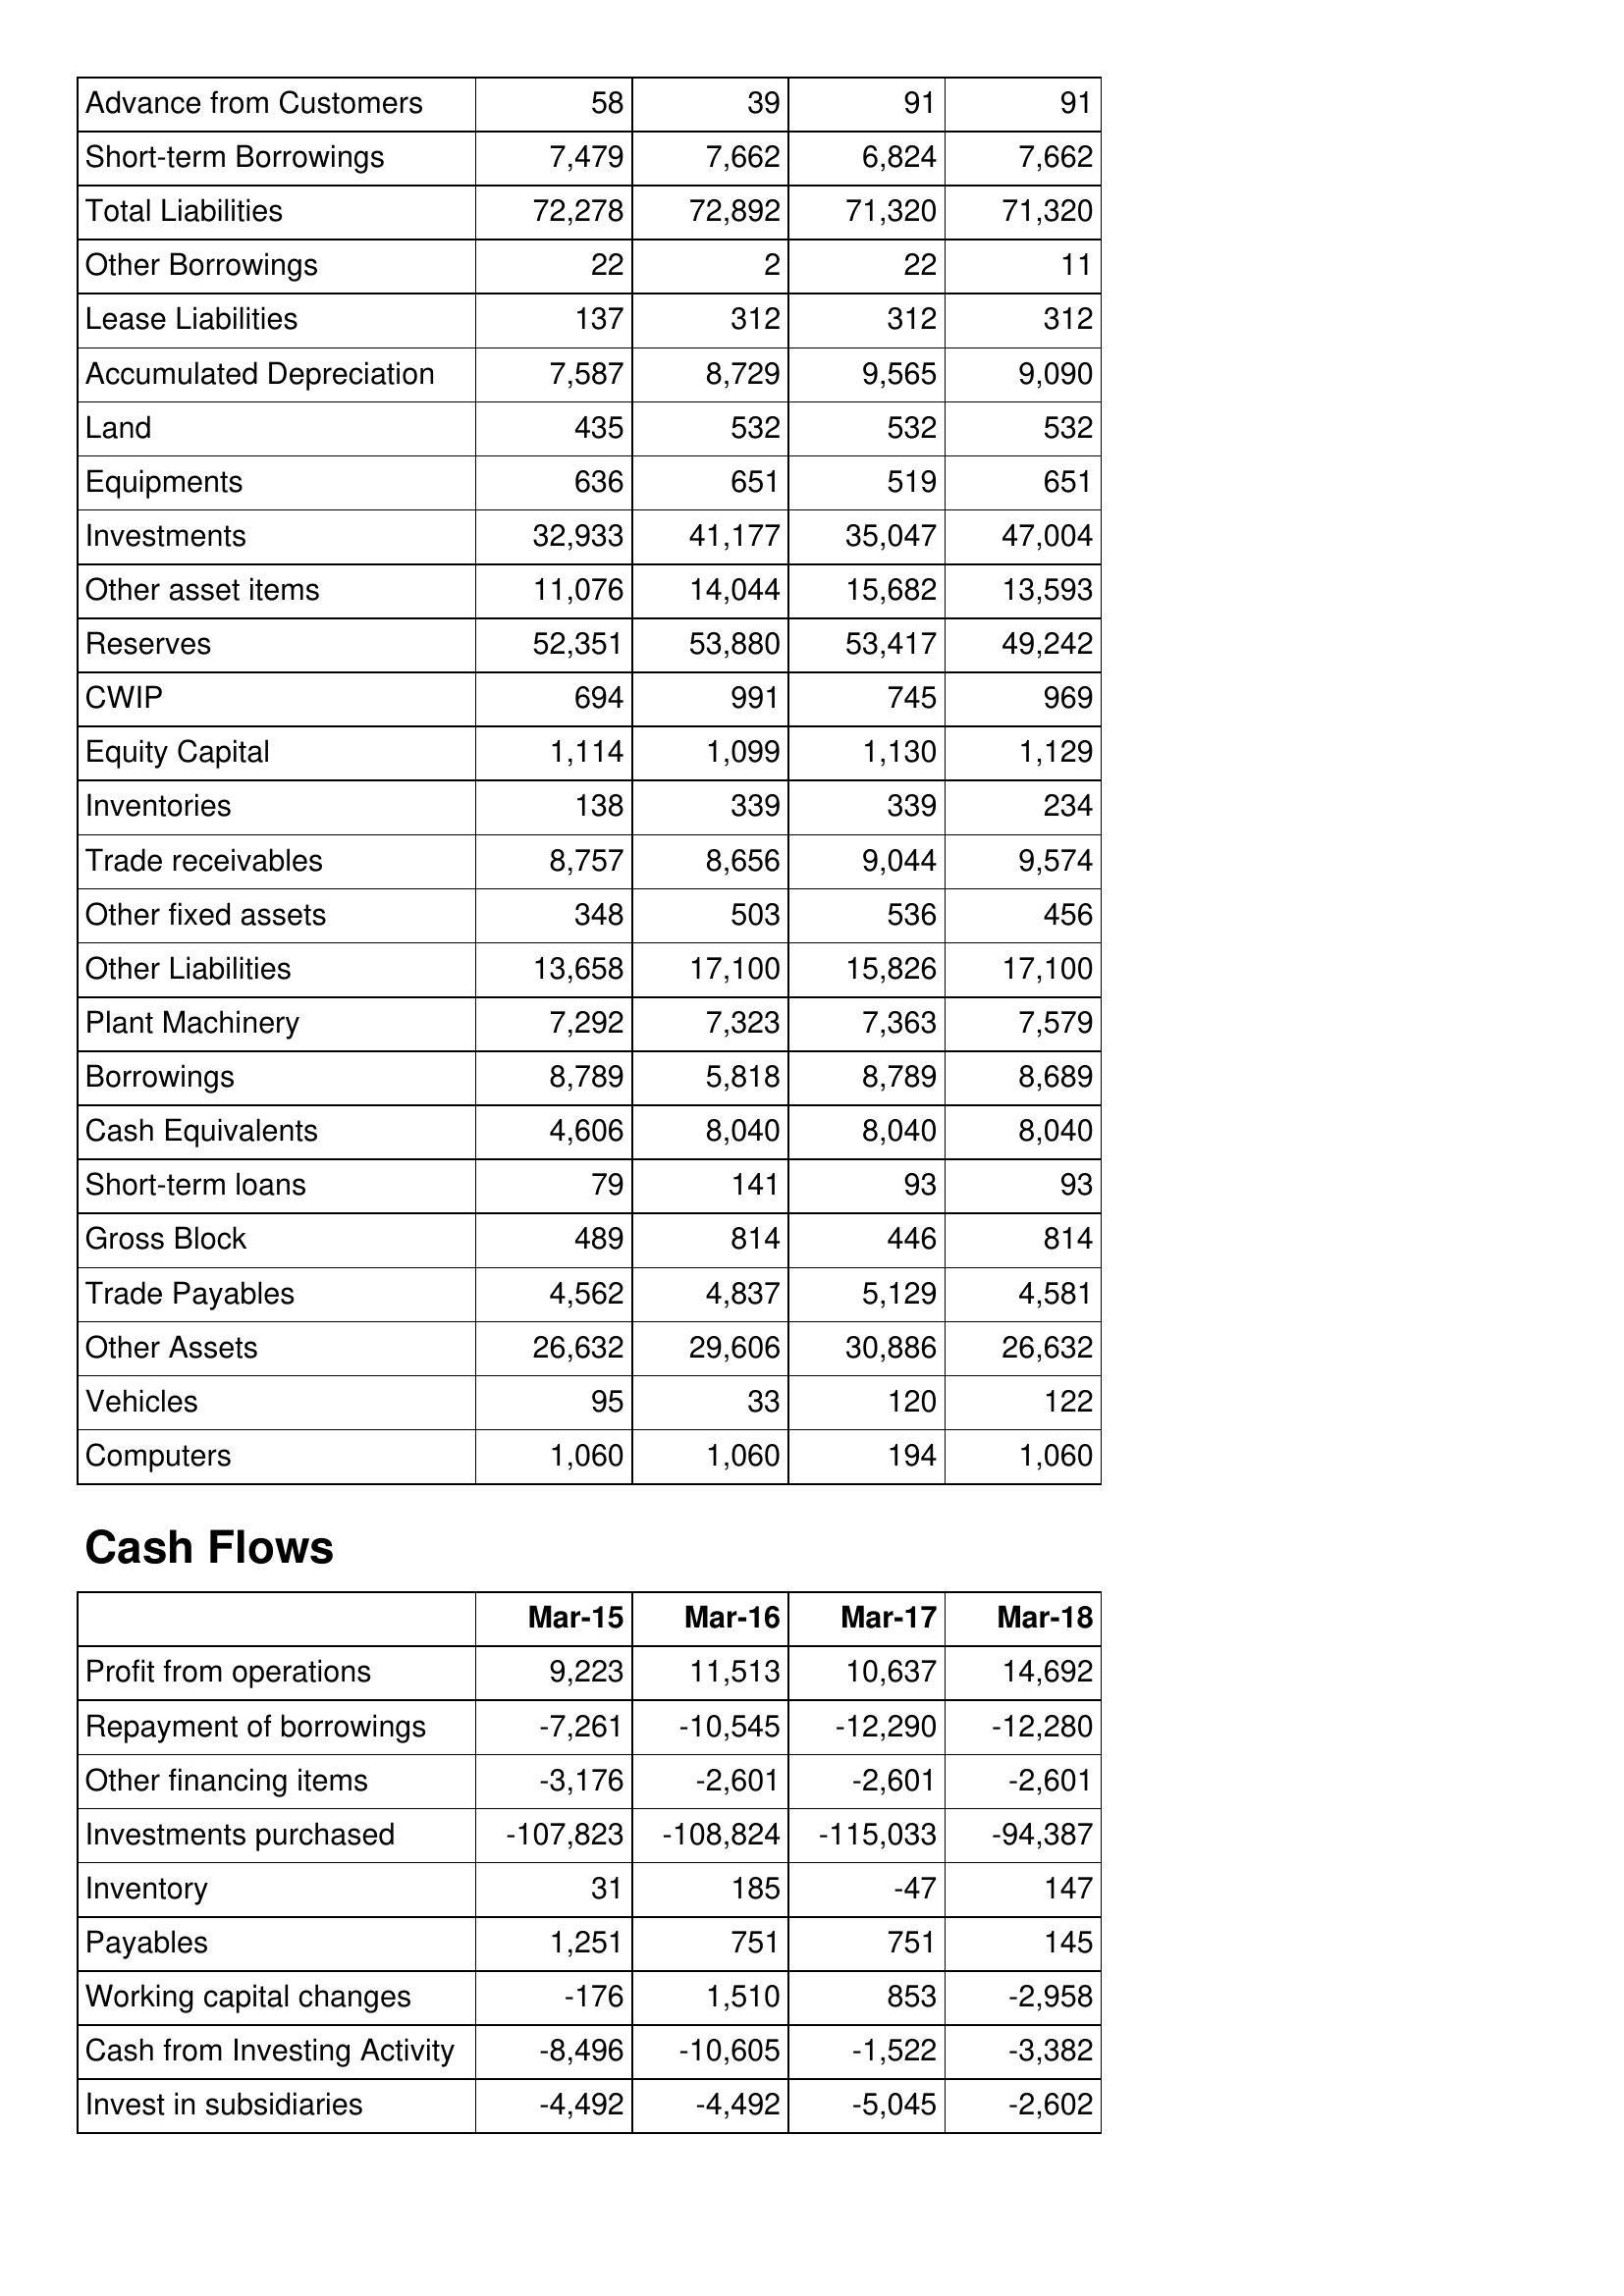
Mar-15: Balance Sheet: Advance from Customers: 58
Short-term Borrowings: 7,479
Total Liabilities: 72,278
Other Borrowings: 22
Lease Liabilities: 137
Accumulated Depreciation: 7,587
Land: 435
Equipments: 636
Investments: 32,933
Other asset items: 11,076
Reserves: 52,351
CWIP: 694
Equity Capital: 1,114
Inventories: 138
Trade receivables: 8,757
Other fixed assets: 348
Other Liabilities: 13,658
Plant Machinery: 7,292
Borrowings: 8,789
Cash Equivalents: 4,606
Short-term loans: 79
Gross Block: 489
Trade Payables: 4,562
Other Assets: 26,632
Vehicles: 95
Computers: 1,060
Cash Flows: Profit from operations: 9,223
Repayment of borrowings: -7,261
Other financing items: -3,176
Investments purchased: -107,823
Inventory: 31
Payables: 1,251
Working capital changes: -176
Cash from Investing Activity: -8,496
Invest in subsidiaries: -4,492
Mar-16: Balance Sheet: Advance from Customers: 39
Short-term Borrowings: 7,662
Total Liabilities: 72,892
Other Borrowings: 2
Lease Liabilities: 312
Accumulated Depreciation: 8,729
Land: 532
Equipments: 651
Investments: 41,177
Other asset items: 14,044
Reserves: 53,880
CWIP: 991
Equity Capital: 1,099
Inventories: 339
Trade receivables: 8,656
Other fixed assets: 503
Other Liabilities: 17,100
Plant Machinery: 7,323
Borrowings: 5,818
Cash Equivalents: 8,040
Short-term loans: 141
Gross Block: 814
Trade Payables: 4,837
Other Assets: 29,606
Vehicles: 33
Computers: 1,060
Cash Flows: Profit from operations: 11,513
Repayment of borrowings: -10,545
Other financing items: -2,601
Investments purchased: -108,824
Inventory: 185
Payables: 751
Working capital changes: 1,510
Cash from Investing Activity: -10,605
Invest in subsidiaries: -4,492
Mar-17: Balance Sheet: Advance from Customers: 91
Short-term Borrowings: 6,824
Total Liabilities: 71,320
Other Borrowings: 22
Lease Liabilities: 312
Accumulated Depreciation: 9,565
Land: 532
Equipments: 519
Investments: 35,047
Other asset items: 15,682
Reserves: 53,417
CWIP: 745
Equity Capital: 1,130
Inventories: 339
Trade receivables: 9,044
Other fixed assets: 536
Other Liabilities: 15,826
Plant Machinery: 7,363
Borrowings: 8,789
Cash Equivalents: 8,040
Short-term loans: 93
Gross Block: 446
Trade Payables: 5,129
Other Assets: 30,886
Vehicles: 120
Computers: 194
Cash Flows: Profit from operations: 10,637
Repayment of borrowings: -12,290
Other financing items: -2,601
Investments purchased: -115,033
Inventory: -47
Payables: 751
Working capital changes: 853
Cash from Investing Activity: -1,522
Invest in subsidiaries: -5,045
Mar-18: Balance Sheet: Advance from Customers: 91
Short-term Borrowings: 7,662
Total Liabilities: 71,320
Other Borrowings: 11
Lease Liabilities: 312
Accumulated Depreciation: 9,090
Land: 532
Equipments: 651
Investments: 47,004
Other asset items: 13,593
Reserves: 49,242
CWIP: 969
Equity Capital: 1,129
Inventories: 234
Trade receivables: 9,574
Other fixed assets: 456
Other Liabilities: 17,100
Plant Machinery: 7,579
Borrowings: 8,689
Cash Equivalents: 8,040
Short-term loans: 93
Gross Block: 814
Trade Payables: 4,581
Other Assets: 26,632
Vehicles: 122
Computers: 1,060
Cash Flows: Profit from operations: 14,692
Repayment of borrowings: -12,280
Other financing items: -2,601
Investments purchased: -94,387
Inventory: 147
Payables: 145
Working capital changes: -2,958
Cash from Investing Activity: -3,382
Invest in subsidiaries: -2,602